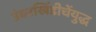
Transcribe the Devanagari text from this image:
उंबरखिंडीचेंयुद्ध